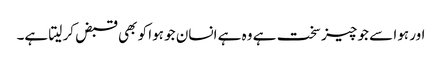
اور ہوا سے جو چیز سخت ہے وہ ہے انسان جو ہوا کو بھی قبض کر لیتا ہے۔